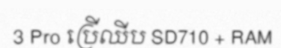
3 Pro ប្រើឈីប SD710 + RAM